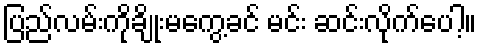
ပြည်လမ်းကိုချိုးမကွေ့ခင် မင်း ဆင်းလိုက်ပေါ့။